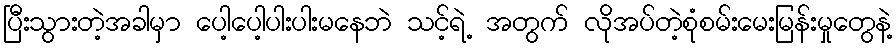
ပြီးသွားတဲ့အခါမှာ ပေါ့ပေါ့ပါးပါးမနေဘဲ သင့်ရဲ့ အတွက် လိုအပ်တဲ့စုံစမ်းမေးမြန်းမှုတွေနဲ့